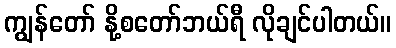
ကျွန်တော် နို့စတော်ဘယ်ရီ လိုချင်ပါတယ်။